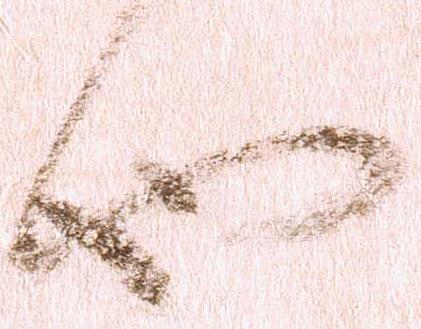
也